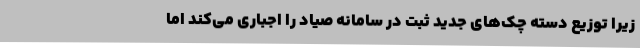
زیرا توزیع دسته چک‌های جدید ثبت در سامانه صیاد را اجباری می‌کند اما